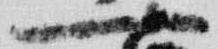
一